Document type: Enfranchisement
Year: 1297
Scribe: Jaume de Trilla
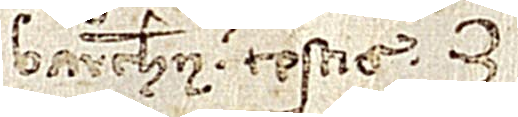
Barchinone, testis.